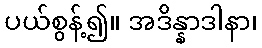
ပယ်စွန့်၍။ အဒိန္နာဒါနာ၊